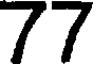
77